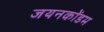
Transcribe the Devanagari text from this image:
जयनकोंडम